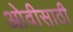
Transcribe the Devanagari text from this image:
ओवीसाठी